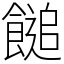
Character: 䭔